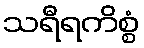
သရီရကိစ္စံ